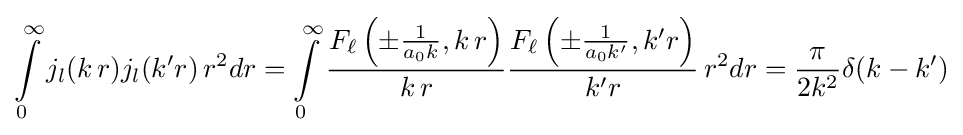
\int \limits _{0}^{\infty }j_{l}(k\,r)j_{l}(k'r)\,r^{2}dr=\int \limits _{0}^{\infty }{\frac {F_{\ell }\left(\pm {\frac {1}{a_{0}k}},k\,r\right)}{k\,r}}{\frac {F_{\ell }\left(\pm {\frac {1}{a_{0}k'}},k'r\right)}{k'r}}\,r^{2}dr={\frac {\pi }{2k^{2}}}\delta (k-k')